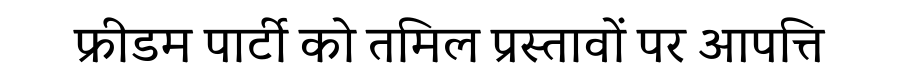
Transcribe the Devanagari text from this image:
फ्रीडम पार्टी को तमिल प्रस्तावों पर आपत्ति